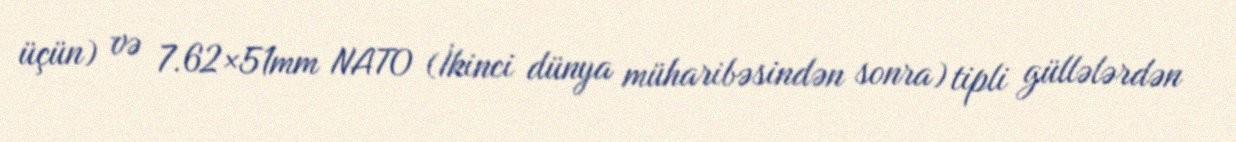
üçün) və 7.62×51mm NATO (İkinci dünya müharibəsindən sonra) tipli güllələrdən